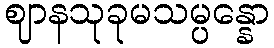
ဈာနသုခုမသမ္ပန္နော